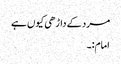
مرد کے داڑھی کیوں ہے
امام:۔